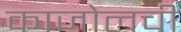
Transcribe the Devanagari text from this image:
काजोलची